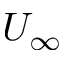
U _ { \infty }